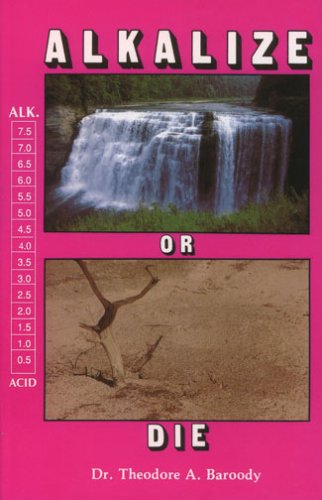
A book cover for Alkalize or Die: Superior Health Through Proper Alkaline-Acid Balance; Theodore A. Baroody; Medical Books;